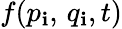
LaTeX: f(p_{\mathbf{i}},\, q_{\mathbf{i}},t)